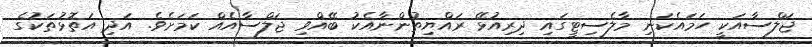
ޖަލްސާއަކީ ހަމައެކަނި މާލެސިޓީގައި ދިރިއުޅޭ ރައްޔިތުންނާއެކު ބޭއްވި ޖަލްސާއެއް ކަމަށެވެ. އަދި އަތޮޅުތަކުގެ